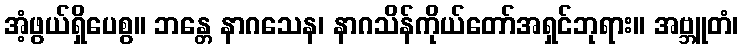
အံ့ဖွယ်ရှိပေစွ။ ဘန္တေ နာဂသေန၊ နာဂသိန်ကိုယ်တော်အရှင်ဘုရား။ အဗ္ဘူတံ၊